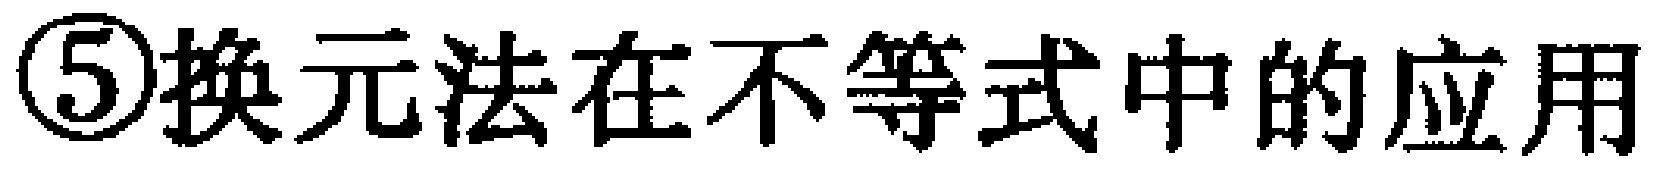
\textcircled{5}换元法在不等式中的应用